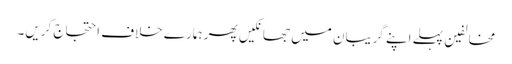
مخالفین پہلے اپنے گریبان میں جھانکیں پھر ہمارے خلاف احتجاج کریں۔